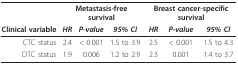
<table><thead><tr><td></td><td colspan="3"><b>Metastasis-free survival</b></td><td colspan="3"><b>Breast cancer-specific survival</b></td></tr><tr><td><b>Clinical variable</b></td><td><b><i>HR</i></b></td><td><b><i>P-value</i></b></td><td><b><i>95% CI</i></b></td><td><b><i>HR</i></b></td><td><b><i>P-value</i></b></td><td><b><i>95% CI</i></b></td></tr></thead><tbody><tr><td>CTC status</td><td>2.4</td><td>&lt; 0.001</td><td>1.5 to 3.9</td><td>2.5</td><td>&lt; 0.001</td><td>1.5 to 4.3</td></tr><tr><td>DTC status</td><td>1.9</td><td>0.006</td><td>1.2 to 2.9</td><td>2.3</td><td>0.001</td><td>1.4 to 3.7</td></tr></tbody></table>